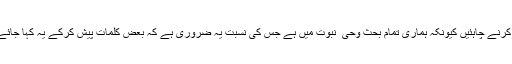
اصل لفظ ان کی وحی کے کامل ثبوت کے ساتھ پیش کرنے چاہئیں کیونکہ ہماری تمام بحث وحی ٔ نبوت میں ہے جس کی نسبت یہ ضروری ہے کہ بعض کلمات پیش کرکے یہ کہا جائے کہ یہ خدا کا کلام ہے جو ہمارے پر نازل ہوا ہے‘‘۔